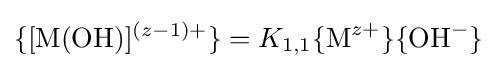
\{[{\ce {M(OH)}}]^{(z-1)+}\}=K_{1,1}\{{\ce {M}}^{z+}\}\{{\ce {OH}}^{-}\}